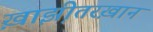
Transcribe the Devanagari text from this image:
ख़ाझ़ीतरख़ान